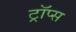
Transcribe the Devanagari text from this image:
ट्रॉप्स